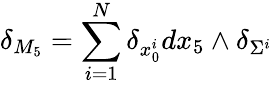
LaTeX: \delta_{M_{5}}=\sum_{i=1}^{N}\delta_{x_{0}^{i}}dx_{5}\wedge\delta_{\Sigma^{i}}